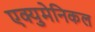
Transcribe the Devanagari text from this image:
एक्युमेनिकल